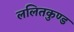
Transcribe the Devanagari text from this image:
ललितकुण्ड